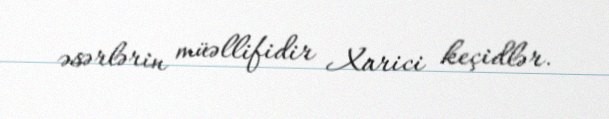
əsərlərin müəllifidir Xarici keçidlər.